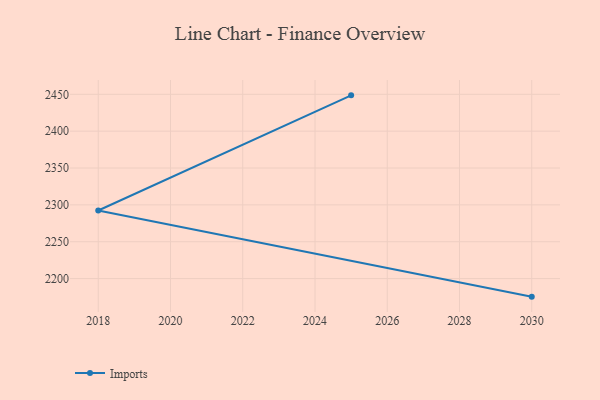
{"axis": {"x": "Year", "y": "Gross Profit (USD K)"}, "legend": ["Imports"], "data": [{"x": "2025", "y": 2448.6, "type": "Imports"}, {"x": "2018", "y": 2292.4, "type": "Imports"}, {"x": "2030", "y": 2175.5, "type": "Imports"}]}